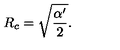
R _ { c } = \sqrt { \frac { \alpha ^ { \prime } } { 2 } } .